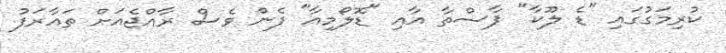
ކުރިމަގުގައި "ޑެ ލޫކާ" ޕާސްތާ އާއި "ޑޮލޯމިއާ" ފެން ވެސް ރާއްޖެއަށް ތައާރަފު